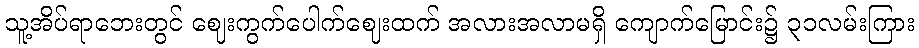
သူ့အိပ်ရာဘေးတွင် ဈေးကွက်ပေါက်ဈေးထက် အလားအလာမရှိ ကျောက်မြောင်း၌ ၃၁လမ်းကြား